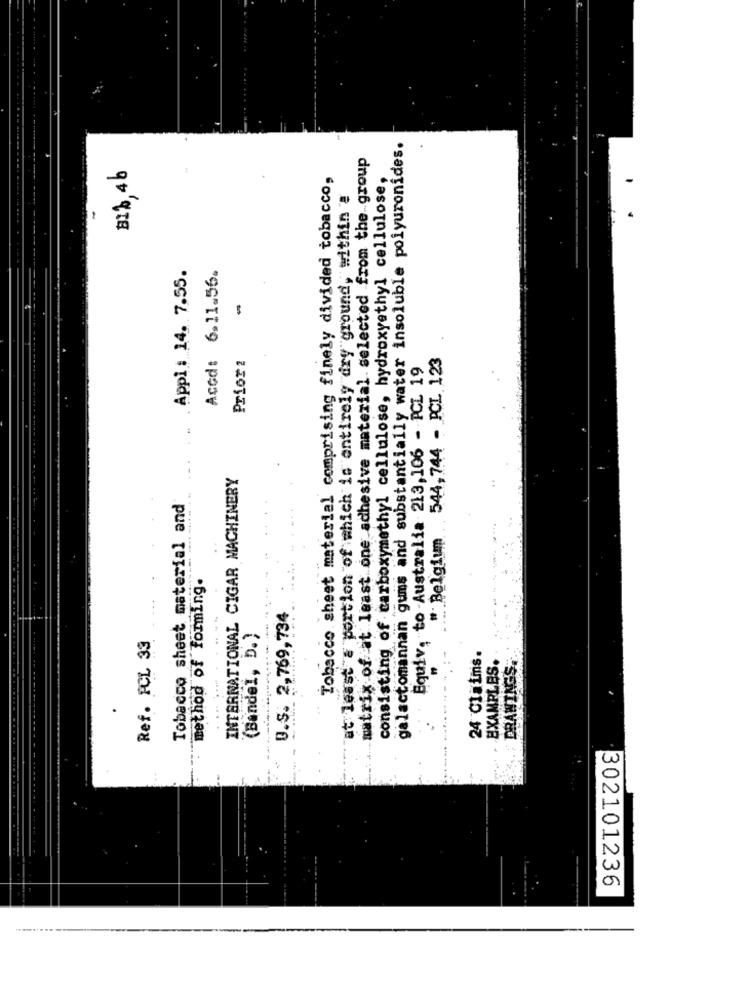
galactomannan gums and substantially water insoluble polyuronides.
-matrix of at least one adhesive material selected from the group
81%,4b
Tobacco sheet material comprising finely divided tobacco,
consisting of carboxymethyl cellulose, hydroxyethyl cellulose,
at least # portion of which is entirely dry ground, within :
Appl: 14. 7.55.
Acod: 6.11.56.
-
Prior :
544,744 - PCL 123
Equiv, to -Australia 213,106 - PCL 19
INTERNATIONAL CIGAR MACHINERY
Tobacco sheet material and
" Belgium
method of Forming.
U.S. 2,769,734
Ref. PCL 33
(BandeI, D.)
24 Claims.
EXAMPLES.
DRAWINGS.
302101236